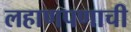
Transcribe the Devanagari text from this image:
लहाणपणाची